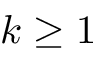
k \ge 1